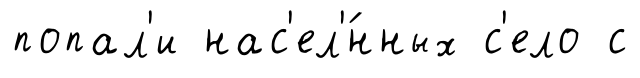
попал'и нас'ел'́нных с'ело с